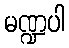
မဏ္ဍပါ